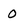
Character: 0